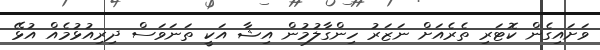
ވަށައިގެން ކޮޓަރި ތެރެއަށް ނަޒަރު ހިންގާލުމުން އިޝާ އަކީ ތަނަވަސް ދިރިއުޅުމެއް އުޅޭ